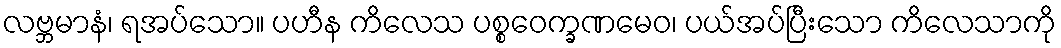
လဗ္ဘမာနံ၊ ရအပ်သော။ ပဟီန ကိလေသ ပစ္စဝေက္ခဏမေဝ၊ ပယ်အပ်ပြီးသော ကိလေသာကို